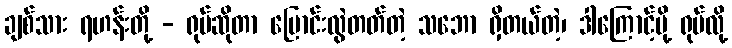
ချစ်သား ရဟန်းတို့ - ရုပ်ဆိုတာ ပြောင်းလွဲတတ်တဲ့ သဘော ရှိတယ်တဲ့၊ ဒါကြောင့်မို့ ရုပ်လို့